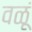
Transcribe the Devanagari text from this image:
वळूं